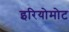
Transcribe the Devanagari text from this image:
इरियोमोट